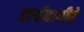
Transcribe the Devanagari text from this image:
प्रार्थनागीते